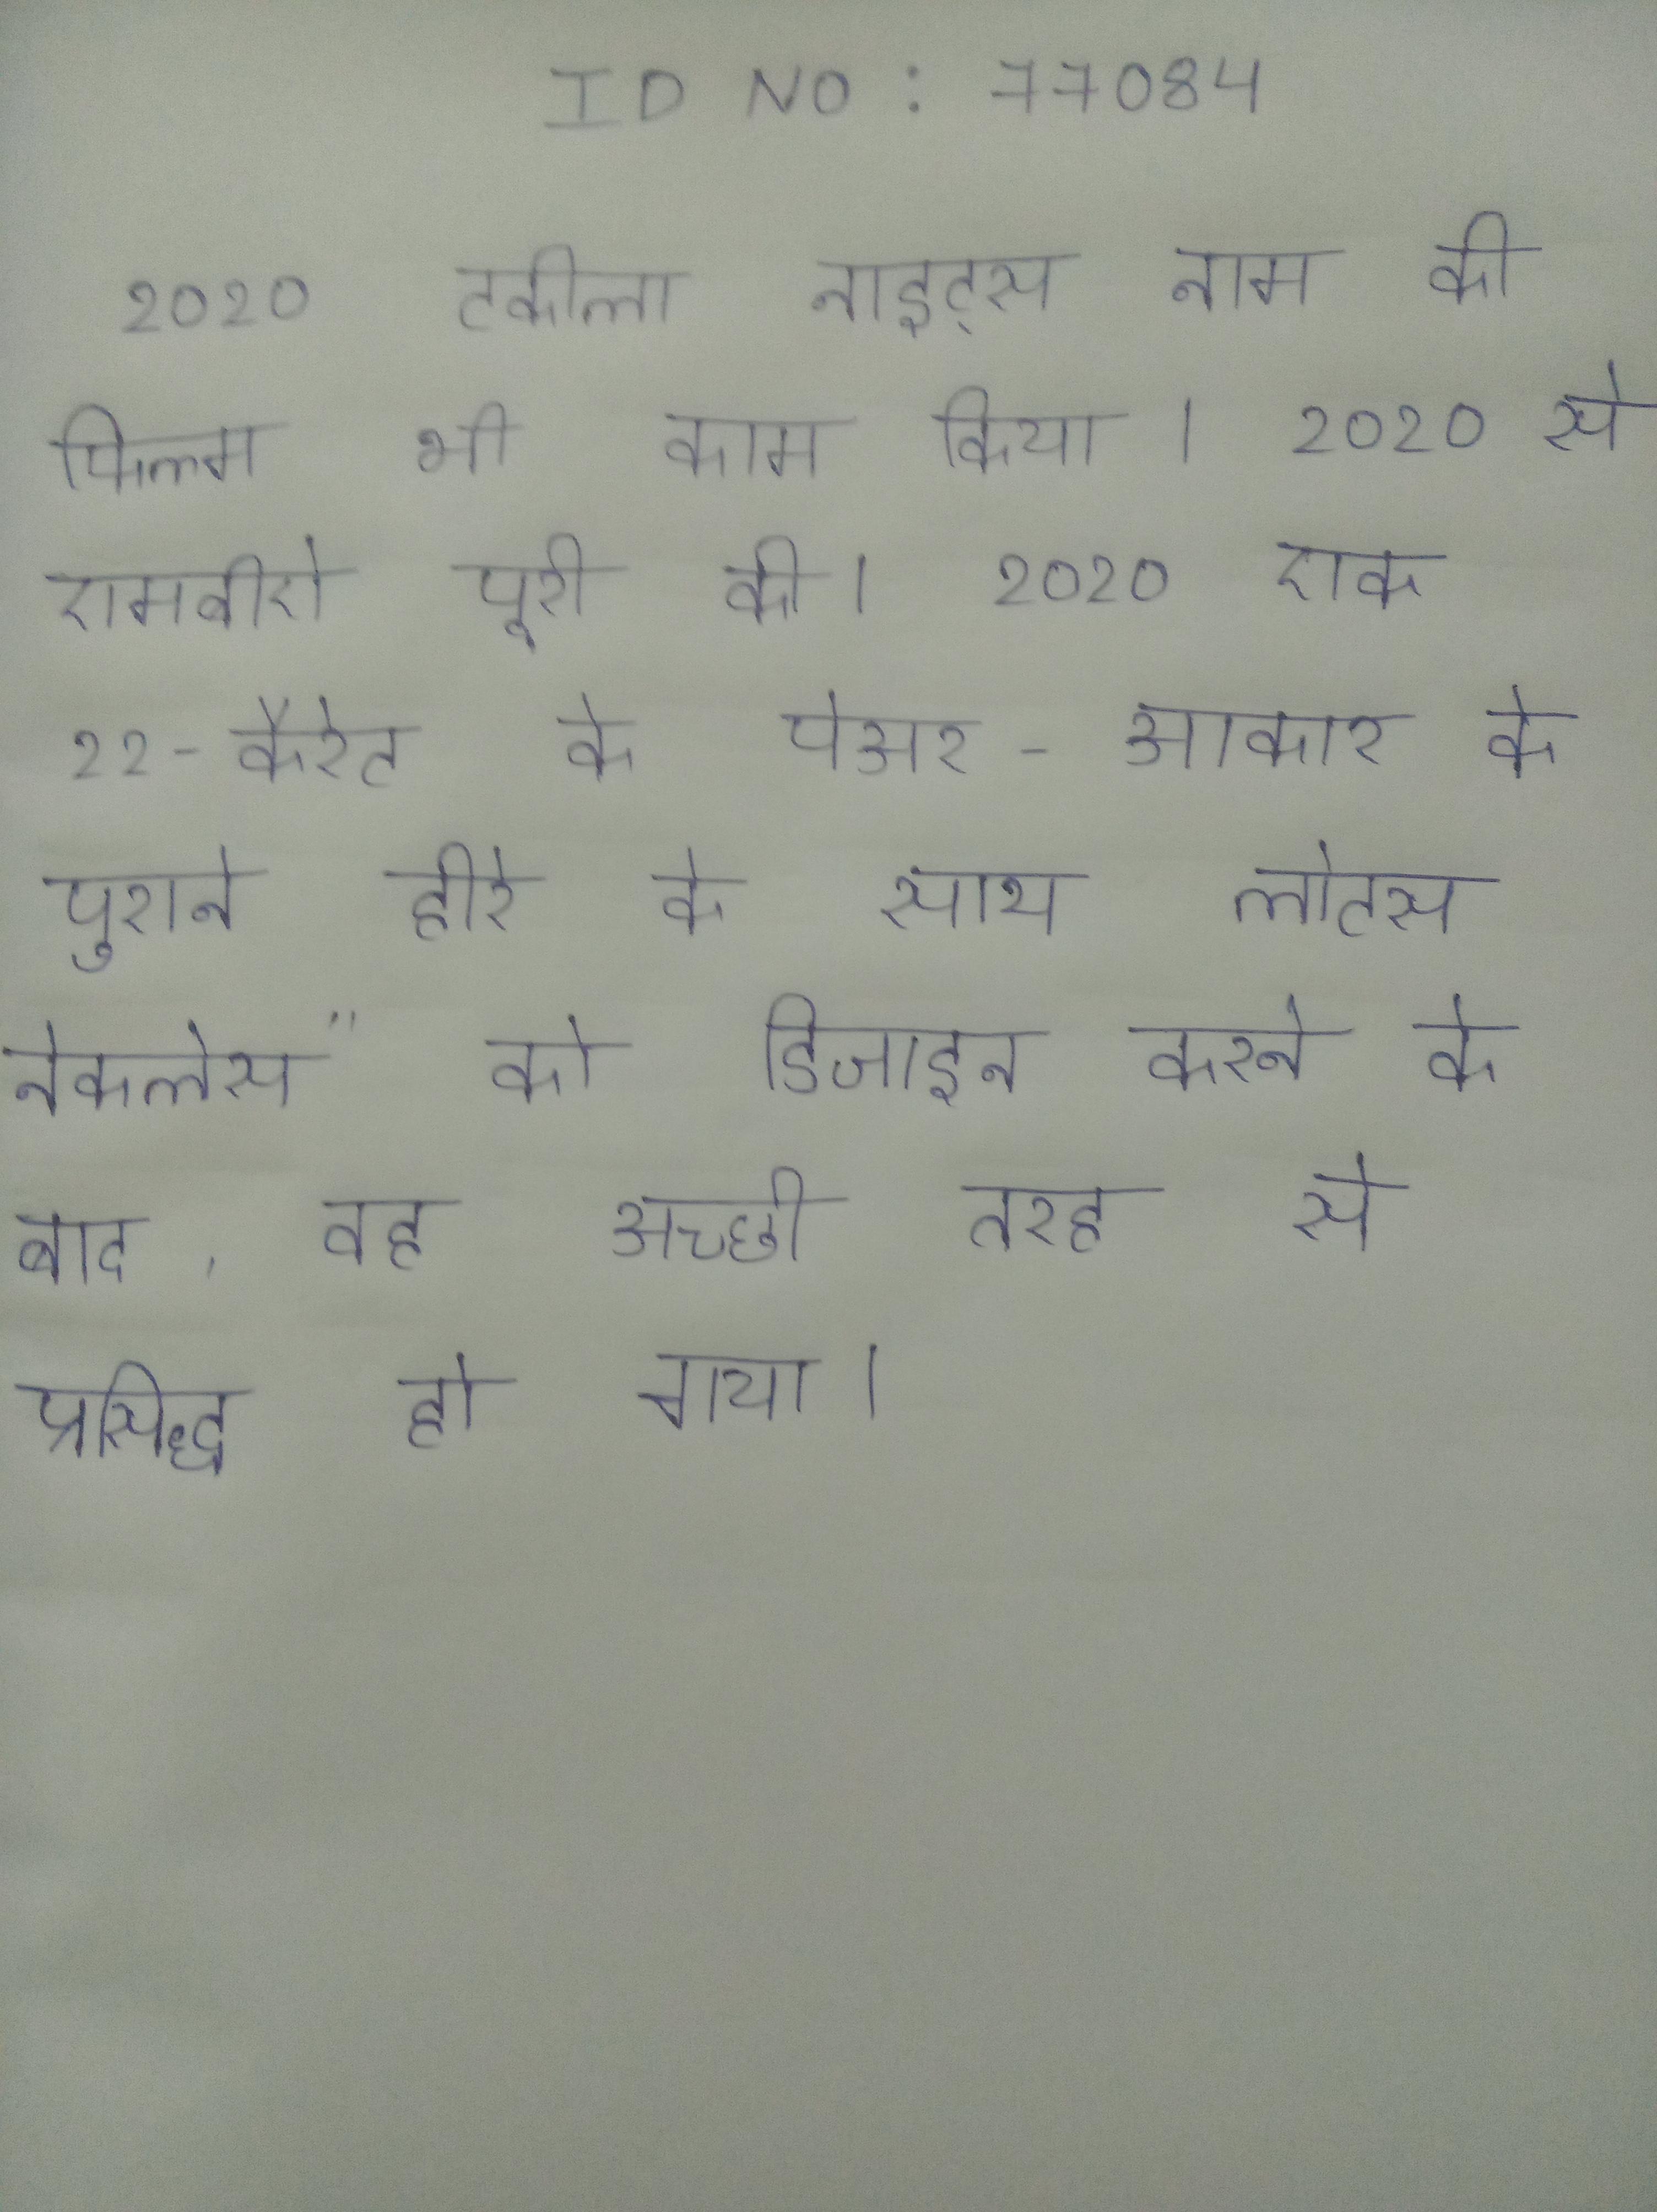
२०१० टकीला नाइट्स नाम की फिल्म भी काम किया । २०१० से एमबीऐ पूरी की । २०१० एक १२-कैरेट के पेअर-आकार के पुराने हीरे के साथ लोटस नेकलेस" को डिजाइन करने के बाद, वह अच्छी तरह से प्रसिद्ध हो गया ।